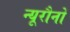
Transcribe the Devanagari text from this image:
न्यूरौनों